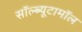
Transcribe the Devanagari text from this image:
सॉल्ब्यूटामॉल